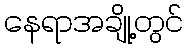
နေရာအချို့တွင်